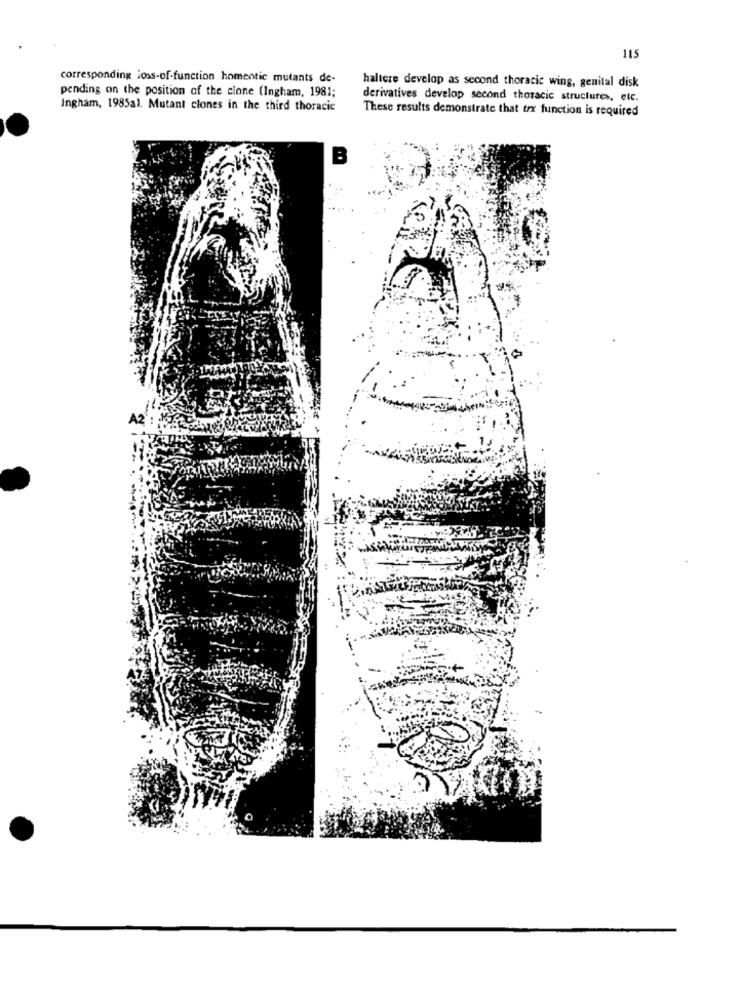
115
corresponding loss-of-function homentic mutants de-
pending on the position of the clone (Ingham, 1981;
haltere develop as second thoracic wing, genital disk
derivatives develop second thoracic structures, etc.
Ingham, 1985al. Mutant clones in the third thoracic
These results demonstrate that trx function is required
A2